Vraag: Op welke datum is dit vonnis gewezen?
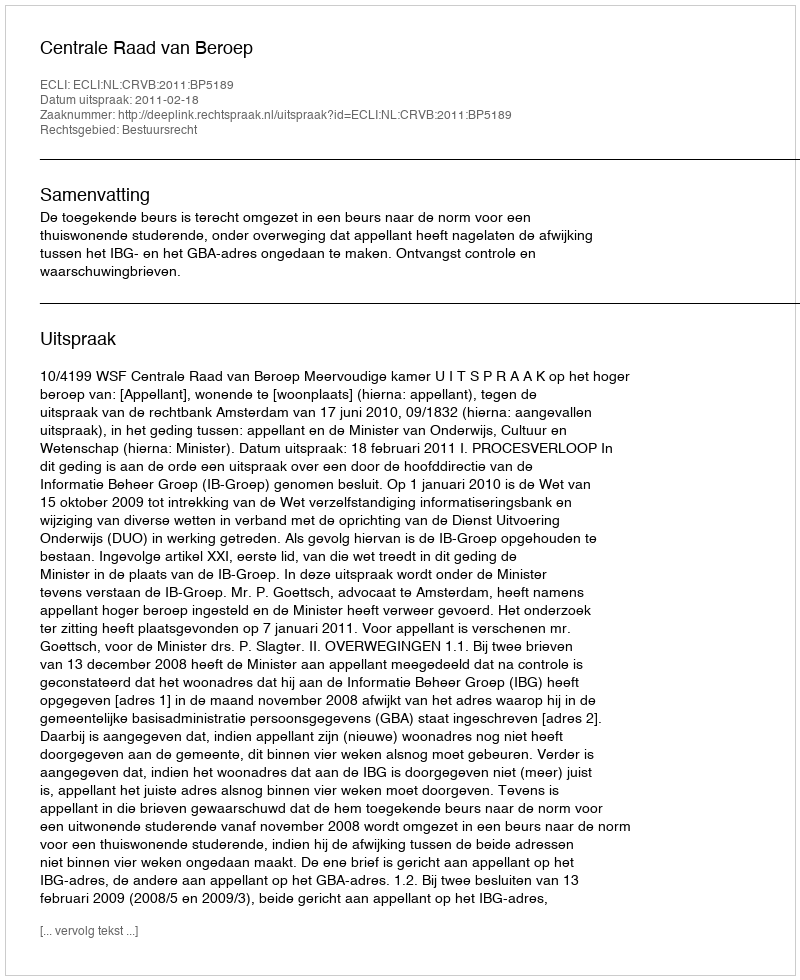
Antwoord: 2011-02-18